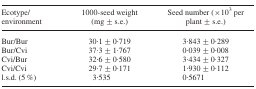
<table><thead><tr><td><b>Ecotype/environment</b></td><td><b>1000-seed weight (mg ± s.e.)</b></td><td><b>Seed number (×10<sup>3</sup> per plant ± s.e.)</b></td></tr></thead><tbody><tr><td>Bur/Bur</td><td>30·1 ± 0·719</td><td>3·843 ± 0·289</td></tr><tr><td>Bur/Cvi</td><td>37·3 ± 1·767</td><td>0·039 ± 0·008</td></tr><tr><td>Cvi/Bur</td><td>32·6 ± 0·580</td><td>3·434 ± 0·327</td></tr><tr><td>Cvi/Cvi</td><td>29·7 ± 0·171</td><td>1·930 ± 0·112</td></tr><tr><td>l.s.d. (5 %)</td><td>3·535</td><td>0·5671</td></tr></tbody></table>